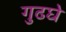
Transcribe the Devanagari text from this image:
गुढघे